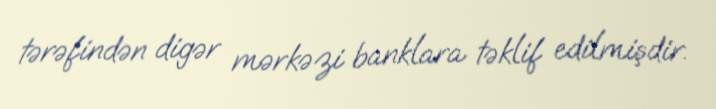
tərəfindən digər mərkəzi banklara təklif edilmişdir.